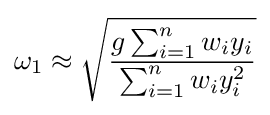
\omega _{1}\approx {\sqrt {\frac {g\sum _{i=1}^{n}{w_{i}y_{i}}}{\sum _{i=1}^{n}{w_{i}y_{i}^{2}}}}}